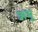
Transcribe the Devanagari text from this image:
ऋभू